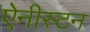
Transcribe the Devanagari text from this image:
ऐनीस्टन